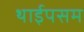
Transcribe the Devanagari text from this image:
थाईपसम